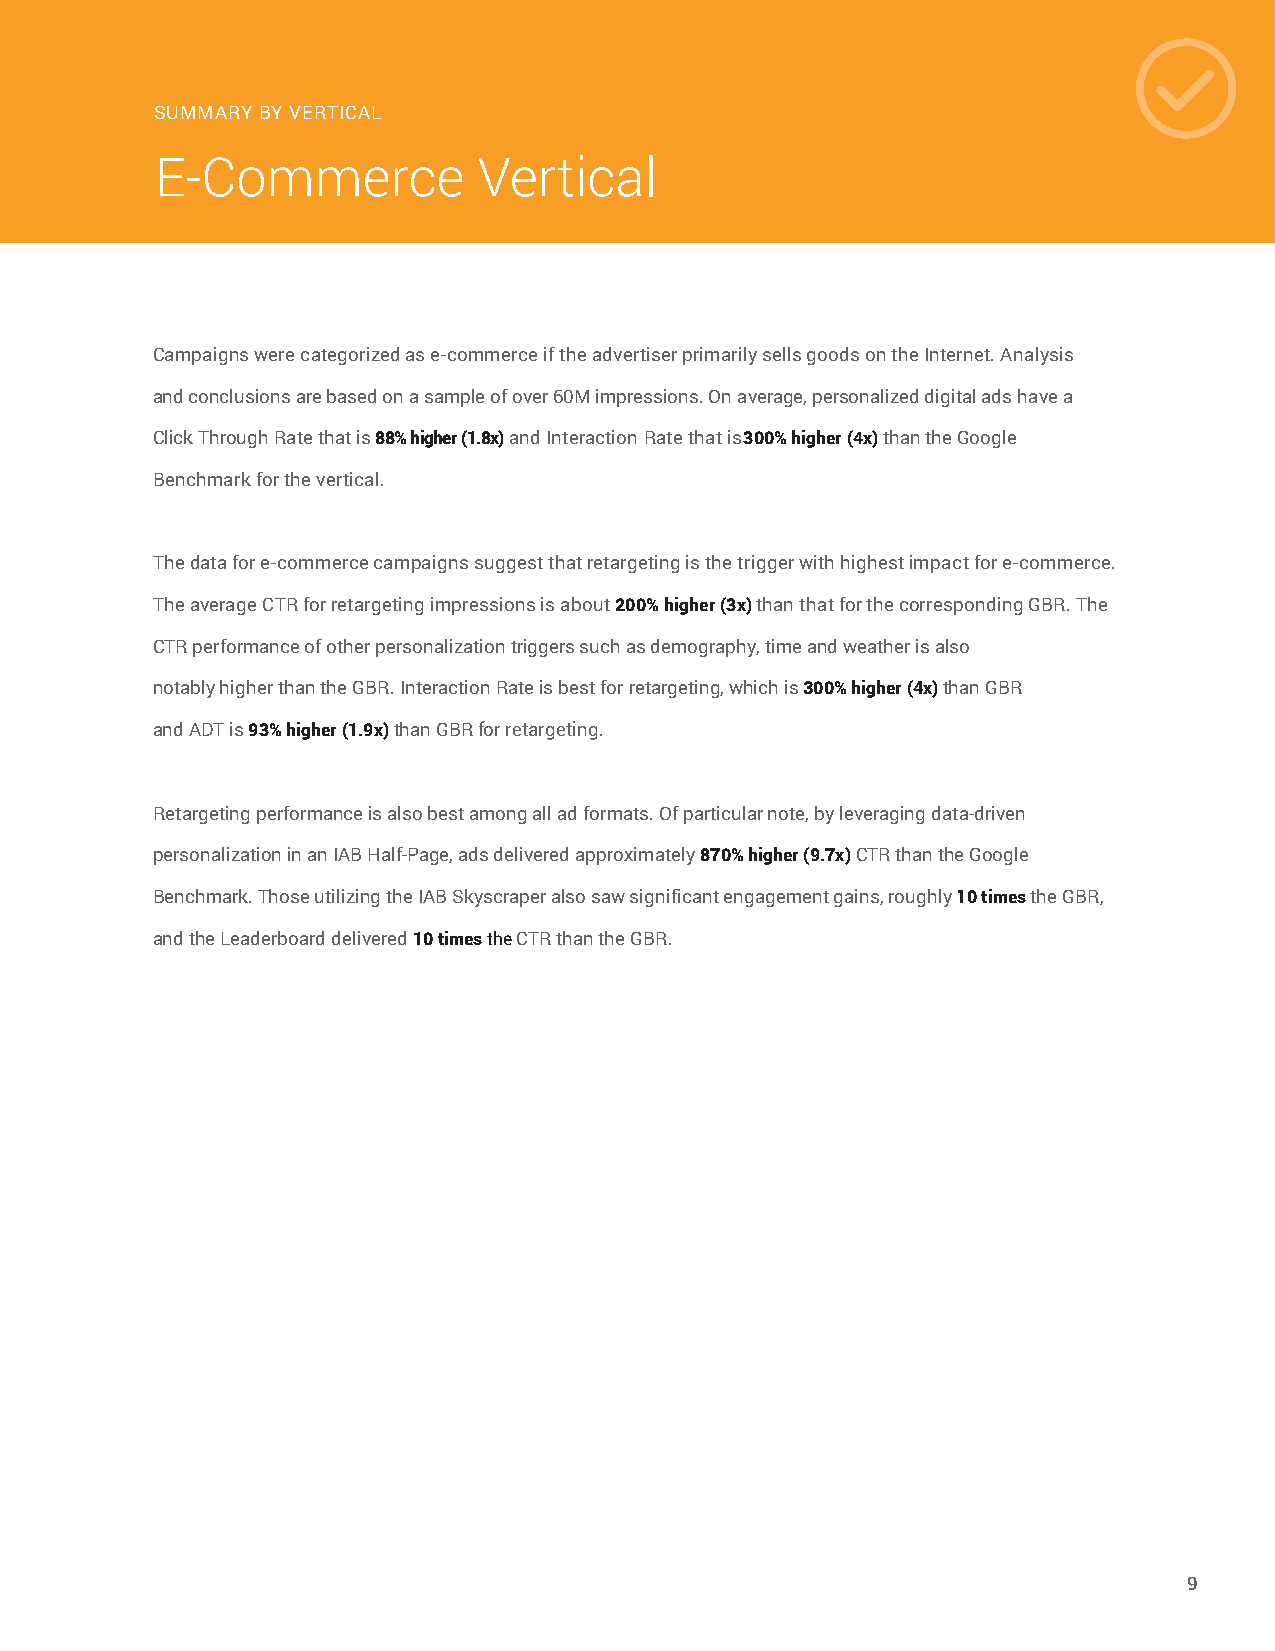
SUMMARY BY VERTICAL
 E-Commerce            Vertical
 Campaigns were categorized as e-commerce if the advertiser primarily sells goods on the Internet. Analysis
 and conclusions are based on a sample of over 60M impressions. On average, personalized digital ads have a
 Click Through Rate that is 88% higher (1.8x) and Interaction Rate that is 300% higher (4x) than the Google
 Benchmark for the vertical.
 The data for e-commerce campaigns suggest that retargeting is the trigger with highest impact for e-commerce.
 The average CTR for retargeting impressions is about 200% higher (3x) than that for the corresponding GBR. The
 CTR performance of other personalization triggers such as demography, time and weather is also
 notably higher than the GBR. Interaction Rate is best for retargeting, which is 300% higher (4x) than GBR
 and ADT is 93% higher (1.9x) than GBR for retargeting.
 Retargeting performance is also best among all ad formats. Of particular note, by leveraging data-driven
 personalization in an IAB Half-Page, ads delivered approximately 870% higher (9.7x) CTR than the Google
 Benchmark. Those utilizing the IAB Skyscraper also saw significant engagement gains, roughly 10 times the GBR,
 and the Leaderboard delivered 10 times the CTR than the GBR.
 9